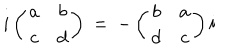
i \left( \begin{array} { c c } { { a } } & { { b } } \\ { { c } } & { { d } } \\ \end{array} \right) \: = \: - \left( \begin{array} { c c } { { b } } & { { a } } \\ { { d } } & { { c } } \\ \end{array} \right) i